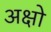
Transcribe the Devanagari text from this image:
अक्षो